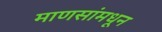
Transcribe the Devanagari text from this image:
माणसांमधून